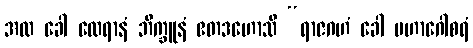
အထ ခေါ ထေရာနံ ဘိက္ခူနံ ဧတဒဟောသိ “ရာဇဂဟံ ခေါ မဟာဂေါစရံ